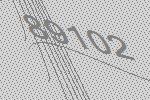
89102